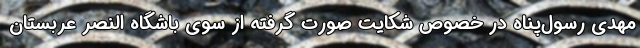
مهدی رسول‌پناه در خصوص شکایت صورت گرفته از سوی باشگاه النصر عربستان